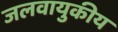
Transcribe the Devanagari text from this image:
जलवायुकीय